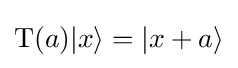
\operatorname {T} (a)|x\rangle =|x+a\rangle